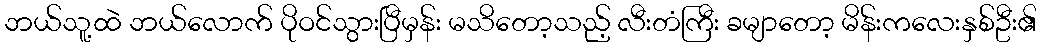
ဘယ်သူ့ထဲ ဘယ်လောက် ပိုဝင်သွားပြီမှန်း မသိတော့သည့် လီးတံကြီး ခမျာတော့ မိန်းကလေးနှစ်ဦး၏